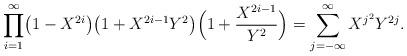
LaTeX: \begin{align*} \prod_{i=1}^\infty\bigl(1-X^{2i}\bigr)\bigl(1+X^{2i-1}Y^2\bigr)\Bigl(1+\frac{X^{2i-1}}{Y^2}\Bigr)=\sum_{j=-\infty}^\infty X^{j^2}Y^{2j}. \end{align*}